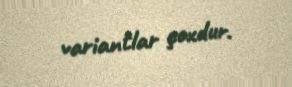
variantlar çoxdur.